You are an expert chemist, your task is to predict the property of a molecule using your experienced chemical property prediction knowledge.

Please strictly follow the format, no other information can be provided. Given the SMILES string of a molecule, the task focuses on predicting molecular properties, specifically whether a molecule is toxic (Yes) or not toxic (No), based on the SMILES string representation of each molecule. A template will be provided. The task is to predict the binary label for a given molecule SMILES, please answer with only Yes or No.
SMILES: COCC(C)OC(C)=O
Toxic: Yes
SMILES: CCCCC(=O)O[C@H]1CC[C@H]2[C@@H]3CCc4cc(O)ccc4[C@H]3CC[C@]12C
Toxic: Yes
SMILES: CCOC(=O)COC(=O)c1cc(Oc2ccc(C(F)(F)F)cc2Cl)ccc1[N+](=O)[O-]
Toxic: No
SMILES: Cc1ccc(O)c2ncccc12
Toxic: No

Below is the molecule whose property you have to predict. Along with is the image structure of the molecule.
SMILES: O=CN1CCCCC1
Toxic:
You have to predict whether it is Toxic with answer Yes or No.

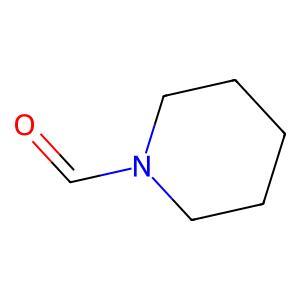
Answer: No